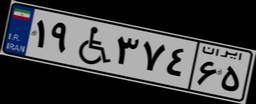
۱۹W۳۷۴۶۵